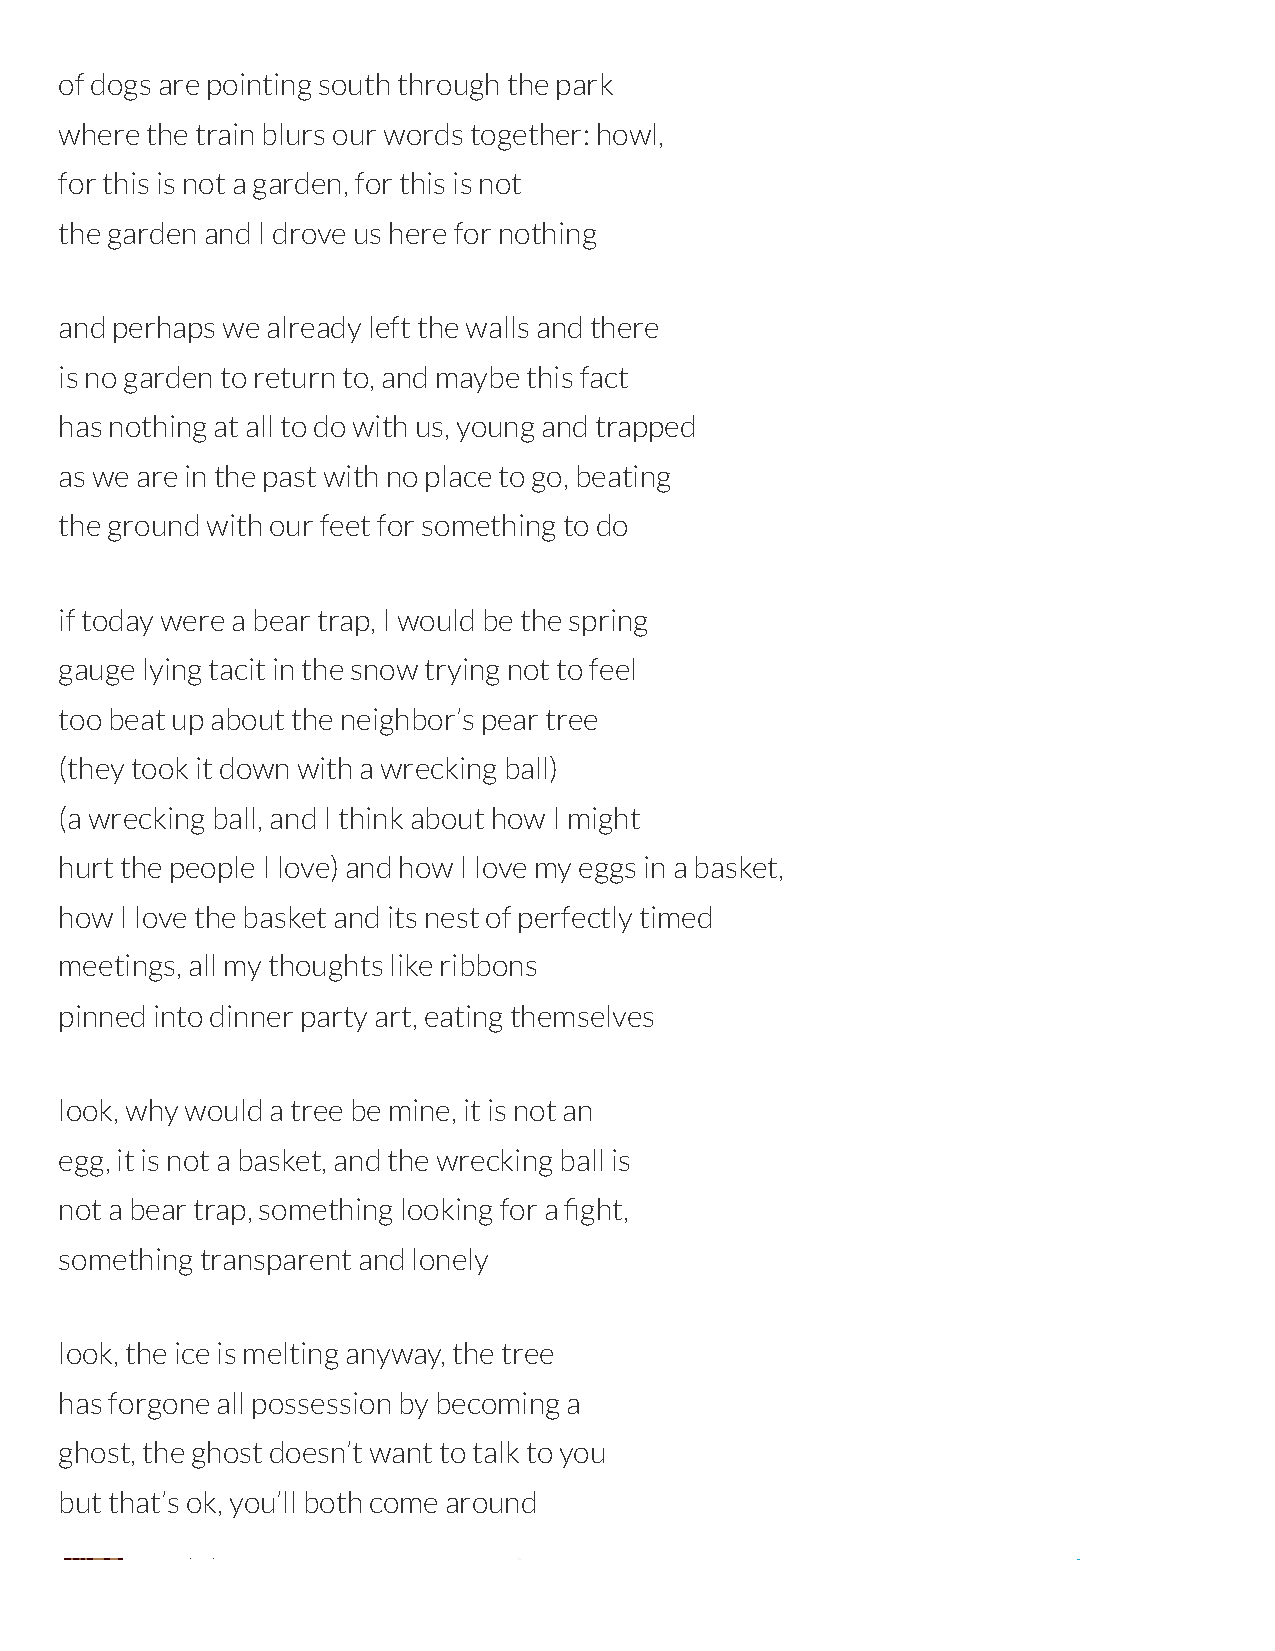
of dogs are pointing south through the park
 where the train blurs our words together: howl,
 for this is not a garden, for this is not
 the garden and I drove us here for nothing
 and perhaps we already left the walls and there
 is no garden to return to, and maybe this fact
 has nothing at all to do with us, young and trapped
 as we are in the past with no place to go, beating
 the ground with our feet for something to do
 if today were a bear trap, I would be the spring
 gauge lying tacit in the snow trying not to feel
 too beat up about the neighbor’s pear tree
 (they took it down with a wrecking ball)
 (a wrecking ball, and I think about how I might
 hurt the people I love) and how I love my eggs in a basket,
 how I love the basket and its nest of perfectly timed
 meetings, all my thoughts like ribbons
 pinned into dinner party art, eating themselves
 look, why would a tree be mine, it is not an
 egg, it is not a basket, and the wrecking ball is
 not a bear trap, something looking for a ght,
 something transparent and lonely
 look, the ice is melting anyway, the tree
 has forgone all possession by becoming a
 ghost, the ghost doesn’t want to talk to you
 but that’s ok, you’ll both come around